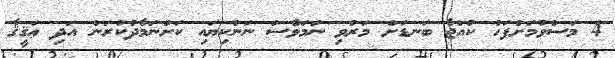
4 މަސްވުމަށްފަހު ކުއްޖާ ބަނޑަށް މަރުވި ނަމަވެސް ނަންކިޔައި ކަށުނަމާދުކުރަން އަދި ޢަޤީޤާ